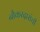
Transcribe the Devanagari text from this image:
नौकरदारांची